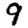
Digit: 9